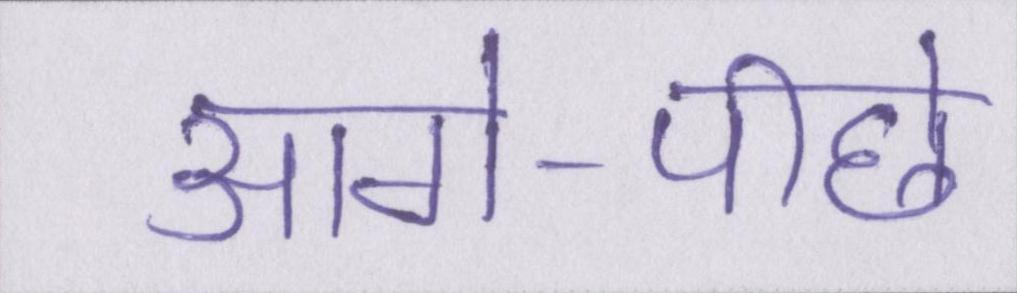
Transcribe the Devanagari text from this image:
आगे-पीछे